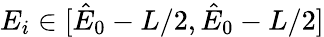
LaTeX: E_{i}\in[\hat{E}_{0}-L/2,\hat{E}_{0}-L/2]